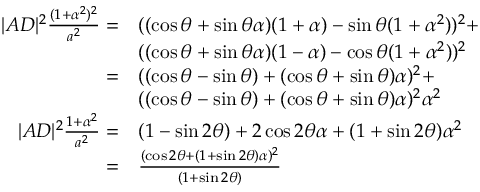
\begin{array} { r l } { | A D | ^ { 2 } \frac { ( 1 + \alpha ^ { 2 } ) ^ { 2 } } { a ^ { 2 } } = } & { ( ( \cos \theta + \sin \theta \alpha ) ( 1 + \alpha ) - \sin \theta ( 1 + \alpha ^ { 2 } ) ) ^ { 2 } + } \\ & { ( ( \cos \theta + \sin \theta \alpha ) ( 1 - \alpha ) - \cos \theta ( 1 + \alpha ^ { 2 } ) ) ^ { 2 } } \\ { = } & { ( ( \cos \theta - \sin \theta ) + ( \cos \theta + \sin \theta ) \alpha ) ^ { 2 } + } \\ & { ( ( \cos \theta - \sin \theta ) + ( \cos \theta + \sin \theta ) \alpha ) ^ { 2 } \alpha ^ { 2 } } \\ { | A D | ^ { 2 } \frac { 1 + \alpha ^ { 2 } } { a ^ { 2 } } = } & { ( 1 - \sin 2 \theta ) + 2 \cos 2 \theta \alpha + ( 1 + \sin 2 \theta ) \alpha ^ { 2 } } \\ { = } & { \frac { ( \cos 2 \theta + ( 1 + \sin 2 \theta ) \alpha ) ^ { 2 } } { ( 1 + \sin 2 \theta ) } } \end{array}